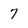
Character: 7